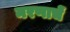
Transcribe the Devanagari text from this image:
मरणाचें